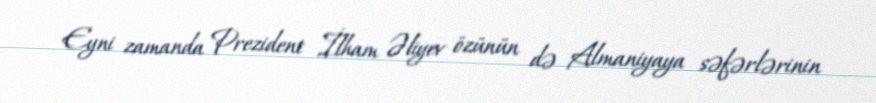
Eyni zamanda Prezident İlham Əliyev özünün də Almaniyaya səfərlərinin